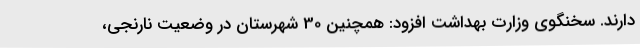
دارند. سخنگوی وزارت بهداشت افزود: همچنین 30 شهرستان در وضعیت نارنجی،